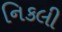
નિકલી